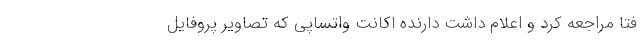
فتا مراجعه کرد و اعلام داشت دارنده اکانت واتساپی که تصاویر پروفایل